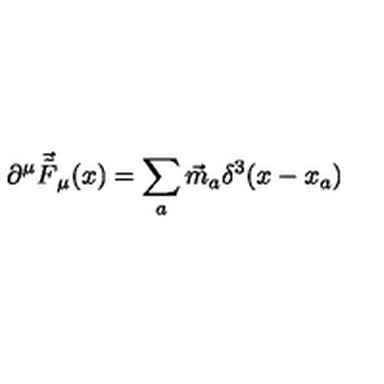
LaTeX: \partial ^ { \mu } \vec { \tilde { F } } _ { \mu } ( x ) = \sum _ { a } { \vec { m } } _ { a } \delta ^ { 3 } ( x - x _ { a } ) \